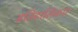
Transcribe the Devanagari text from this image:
इतिहासिकार